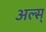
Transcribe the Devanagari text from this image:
अल्स्